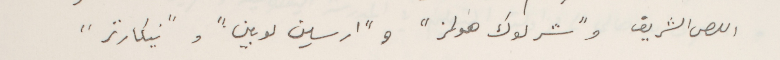
اللص الشريف و"شرلوك هولز" و"ارسين لوبين" و"نيكارتر"